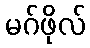
မဂ်ဖိုလ်